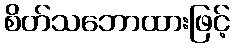
စိတ်သဘောထားဖြင့်